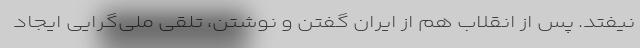
نیفتد. پس از انقلاب هم از ایران گفتن و نوشتن، تلقی ملی‌گرایی ایجاد